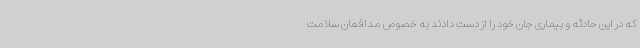
که در این حادثه و بیماری جان خود را از دست دادند به خصوص مدافعان سلامت